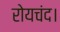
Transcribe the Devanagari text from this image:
रोयचंद।